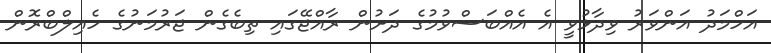
އަހްމަދު އަންވަރު ވިދާޅުވީ އެ އެއްބަސްވުމުގެ ދަށުން ރާއްޖޭގައި ތިބެގެން ޖަރުމަނުގެ ހެއިލްބްރޮން